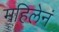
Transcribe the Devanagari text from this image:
महिलेनं